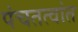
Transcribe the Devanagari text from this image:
पंचतत्वांत